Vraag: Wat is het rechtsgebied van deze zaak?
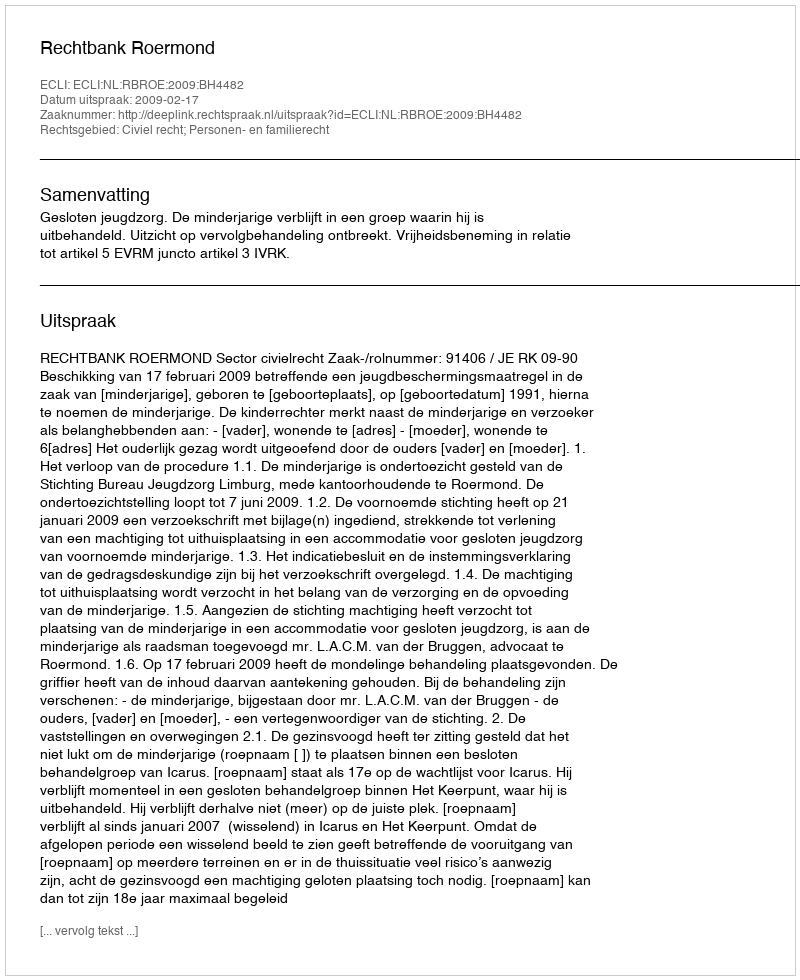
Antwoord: Civiel recht; Personen- en familierecht